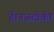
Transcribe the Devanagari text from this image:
है।नजदीकी